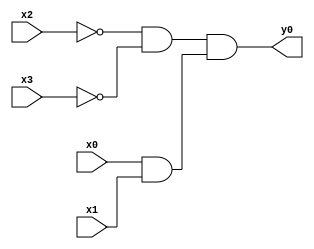
module top( x0 , x1 , x2 , x3 , y0 );
  input x0 , x1 , x2 , x3 ;
  output y0 ;
  wire n5 , n6 , n7 ;
  assign n5 = ~x2 & ~x3 ;
  assign n6 = x0 & x1 ;
  assign n7 = n5 & n6 ;
  assign y0 = n7 ;
endmodule